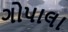
ગોપાલા